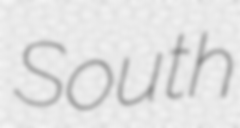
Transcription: South